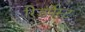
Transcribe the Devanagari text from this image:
रिडंर्पेस्ट